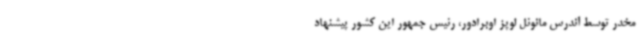
مخدر توسط آندرس مانوئل لوپز اوبرادور، رئیس جمهور این کشور پیشنهاد